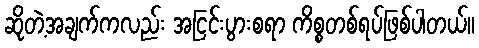
ဆိုတဲ့အချက်ကလည်း အငြင်းပွားစရာ ကိစ္စတစ်ရပ်ဖြစ်ပါတယ်။